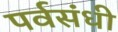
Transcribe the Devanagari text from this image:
पर्वसंधी